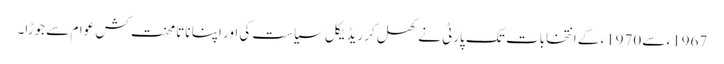
1967ء سے 1970ء کے انتخابات تک پارٹی نے کھل کر ریڈیکل سیاست کی اور اپنا ناتا محنت کش عوام سے جوڑا۔